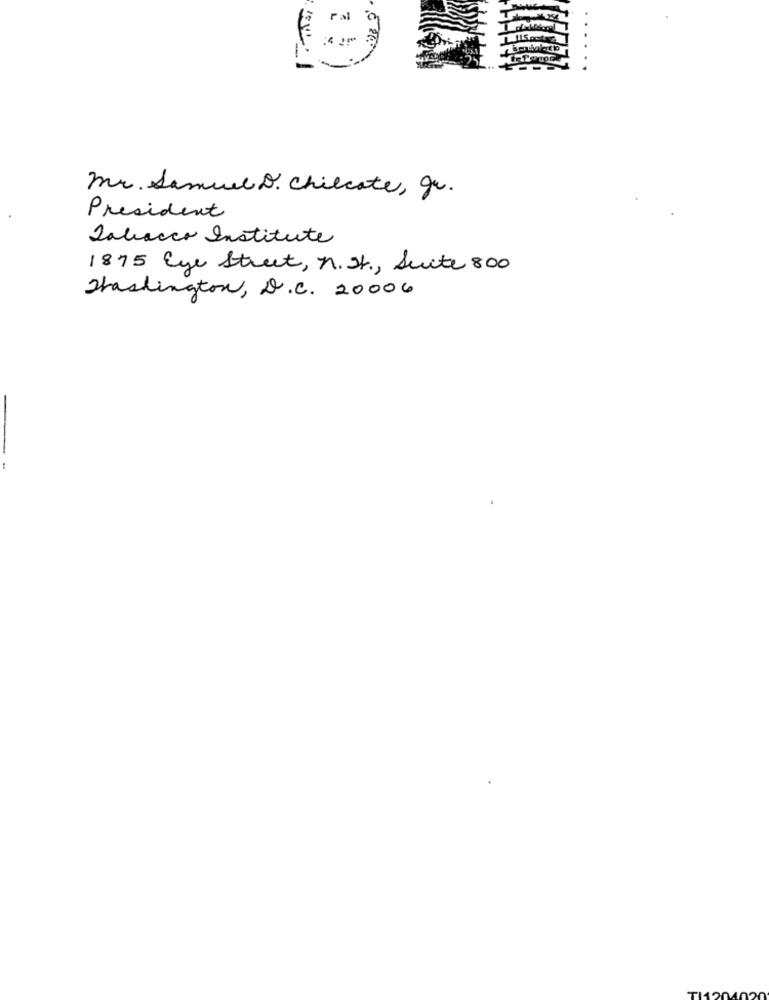
Fal
Mr. Samuel D. Chilcate, gr.
President
Tabacco Institute
1875 Eye Street, N. St ., Suite 800
Thaslington, D.C. 20006